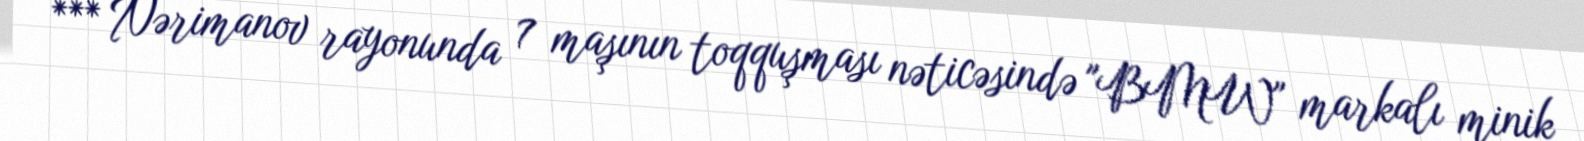
*** Nərimanov rayonunda 7 maşının toqquşması nəticəsində "BMW" markalı minik